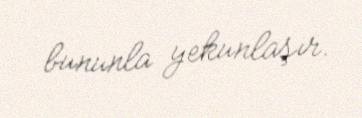
bununla yekunlaşır.